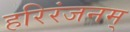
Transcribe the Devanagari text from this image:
हरिरंजनम्